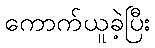
ကောက်ယူခဲ့ပြီး